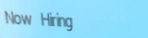
Now Hiring